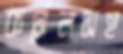
কর্নেলসহ